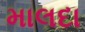
માલદા